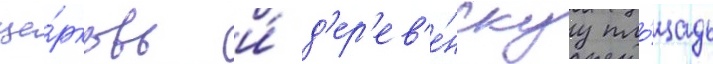
це́рковь и́ д'ер'ев'е́нскуу пло́щадь